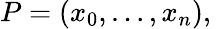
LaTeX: P=(x_{0},\ldots,x_{n}),\,